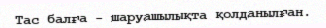
Тас балға - шаруашылықта қолданылған.